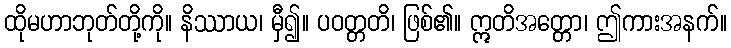
ထိုမဟာဘုတ်တို့ကို။ နိဿာယ၊ မှီ၍။ ပဝတ္တတိ၊ ဖြစ်၏။ ဣတိအတ္တော၊ ဤကားအနက်။